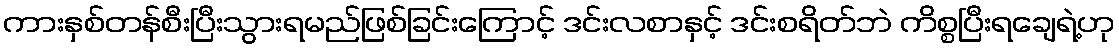
ကားနှစ်တန်စီးပြီးသွားရမည်ဖြစ်ခြင်းကြောင့် ဒင်းလစာနှင့် ဒင်းစရိတ်ဘဲ ကိစ္စပြီးရချေရဲ့ဟု